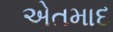
એતમાદ